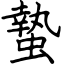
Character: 蟄